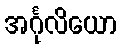
အင်္ဂုလိယော